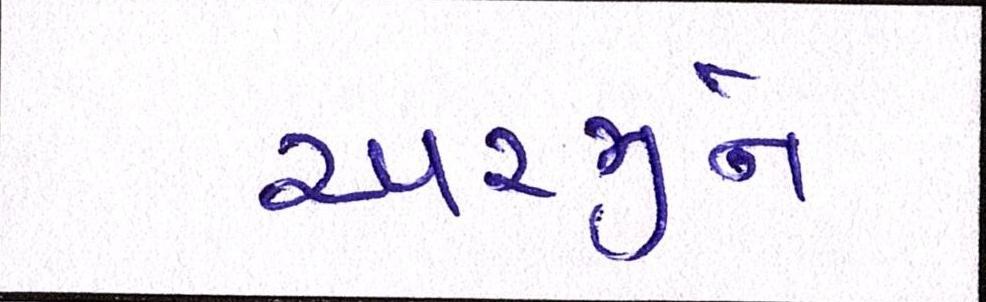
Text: અરજીને